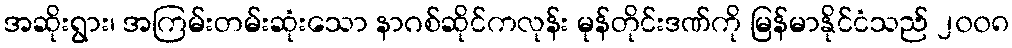
အဆိုးရွား၊ အကြမ်းတမ်းဆုံးသော နာဂစ်ဆိုင်ကလုန်း မုန်တိုင်းဒဏ်ကို မြန်မာနိုင်ငံသည် ၂၀၀၈